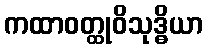
ကထာဝတ္ထုဝိသုဒ္ဓိယာ